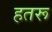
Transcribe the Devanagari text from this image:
हतरू